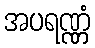
အပရဏ္ဏံ